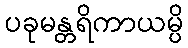
ပခုမန္တရိကာယမ္ပိ